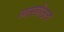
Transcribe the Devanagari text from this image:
व्यासपीठाचे